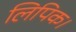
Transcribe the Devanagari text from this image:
लिपिक।